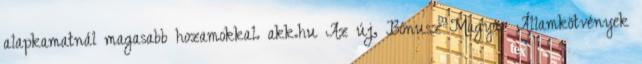
alapkamatnál magasabb hozamokkal. akk.hu Az új, Bónusz Magyar Államkötvények